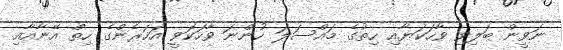
ނަވީން ބަލިވި ވާހަކަޔާއި ހިތުގެ މައްސަލަ ހުންނަ ވާހަކަވީ އަހަރެންގެ ހިތް އޭނާއާއި